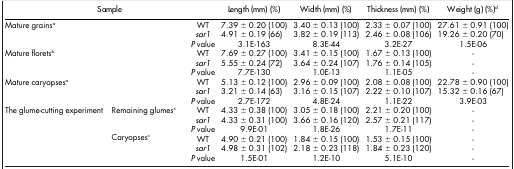
<table><thead><tr><td colspan="3"><b>Sample</b></td><td><b>Length (mm) (%)</b></td><td><b>Width (mm) (%)</b></td><td><b>Thickness (mm) (%)</b></td><td><b>Weight (g) (%)d</b></td></tr></thead><tbody><tr><td>Mature grainsa</td><td> </td><td>WT</td><td>7.39 ± 0.20 (100)</td><td>3.40 ± 0.13 (100)</td><td>2.33 ± 0.07 (100)</td><td>27.61 ± 0.91 (100)</td></tr><tr><td> </td><td> </td><td><i>sar1</i></td><td>4.91 ± 0.19 (66)</td><td>3.82 ± 0.19 (113)</td><td>2.46 ± 0.08 (106)</td><td>19.26 ± 0.20 (70)</td></tr><tr><td> </td><td> </td><td><i>P</i> value</td><td>3.1E-163</td><td>8.3E-44</td><td>3.2E-27</td><td>1.5E-06</td></tr><tr><td>Mature floretsb</td><td> </td><td>WT</td><td>7.69 ± 0.27 (100)</td><td>3.41 ± 0.15 (100)</td><td>1.67 ± 0.13 (100)</td><td>-</td></tr><tr><td> </td><td> </td><td><i>sar1</i></td><td>5.55 ± 0.24 (72)</td><td>3.64 ± 0.24 (107)</td><td>1.76 ± 0.14 (105)</td><td>-</td></tr><tr><td> </td><td> </td><td><i>P</i> value</td><td>7.7E-130</td><td>1.0E-13</td><td>1.1E-05</td><td>-</td></tr><tr><td>Mature caryopsesa</td><td> </td><td>WT</td><td>5.13 ± 0.12 (100)</td><td>2.96 ± 0.09 (100)</td><td>2.08 ± 0.08 (100)</td><td>22.78 ± 0.90 (100)</td></tr><tr><td> </td><td> </td><td><i>sar1</i></td><td>3.21 ± 0.14 (63)</td><td>3.16 ± 0.15 (107)</td><td>2.22 ± 0.10 (107)</td><td>15.32 ± 0.16 (67)</td></tr><tr><td> </td><td> </td><td><i>P</i> value</td><td>2.7E-172</td><td>4.8E-24</td><td>1.1E-22</td><td>3.9E-03</td></tr><tr><td>The glume-cutting experiment </td><td>Remaining glumesc</td><td>WT</td><td>4.33 ± 0.38 (100)</td><td>3.05 ± 0.18 (100)</td><td>2.21 ± 0.20 (100)</td><td>-</td></tr><tr><td> </td><td> </td><td><i>sar1</i></td><td>4.33 ± 0.31 (100)</td><td>3.66 ± 0.16 (120)</td><td>2.57 ± 0.21 (117)</td><td>-</td></tr><tr><td> </td><td> </td><td><i>P</i> value</td><td>9.9E-01</td><td>1.8E-26</td><td>1.7E-11</td><td>-</td></tr><tr><td> </td><td>Caryopsesc</td><td>WT</td><td>4.90 ± 0.21 (100)</td><td>1.84 ± 0.15 (100)</td><td>1.53 ± 0.15 (100)</td><td>-</td></tr><tr><td> </td><td> </td><td><i>sar1</i></td><td>4.98 ± 0.31 (102)</td><td>2.18 ± 0.23 (118)</td><td>1.84 ± 0.23 (120)</td><td>-</td></tr><tr><td> </td><td> </td><td><i>P</i> value</td><td>1.5E-01</td><td>1.2E-10</td><td>5.1E-10</td><td>-</td></tr></tbody></table>